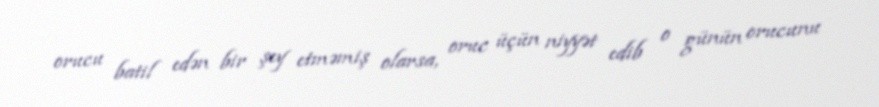
orucu batil edən bir şey etməmiş olarsa, oruc üçün niyyət edib o günün orucunu